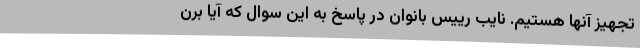
تجهیز آنها هستیم. نایب رییس بانوان در پاسخ به این سوال که آیا برن